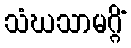
သံဃသာမဂ္ဂိံ